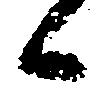
候